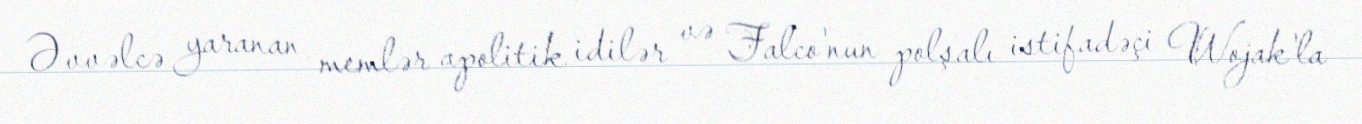
Əvvəlcə yaranan memlər apolitik idilər və Falco'nun polşalı istifadəçi Wojak'la